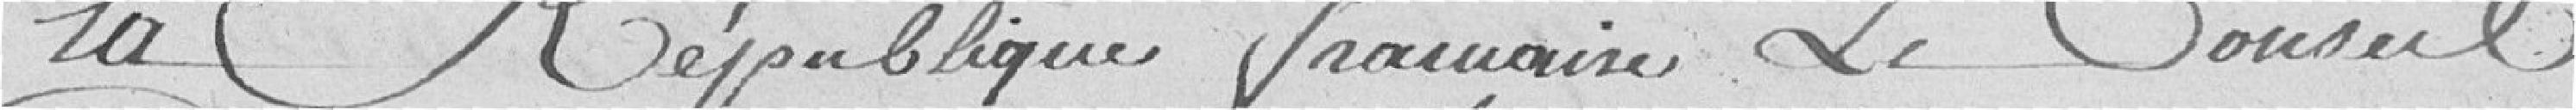
la République française Le Conseil